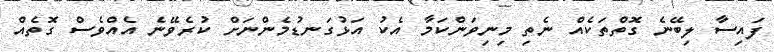
ފައިސާ ލިބޭނެ ގޮތްތަކެއް ނެތި މިނިވަންކަމާ އެކު އަޅުގަނޑުމެންނަށް ކުރެވޭނެ އެއްވެސް ގޮތެއް